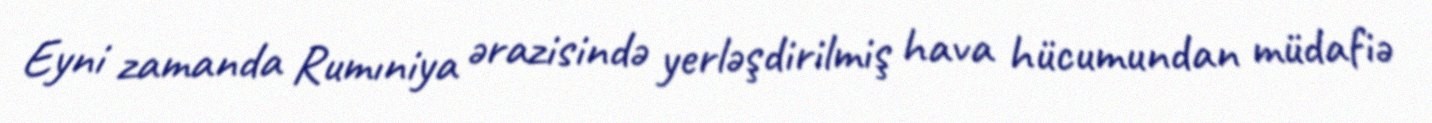
Eyni zamanda Rumıniya ərazisində yerləşdirilmiş hava hücumundan müdafiə